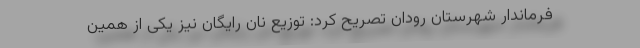
فرماندار شهرستان رودان تصریح کرد: توزیع نان رایگان نیز یکی از همین